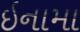
ઇનામા